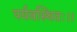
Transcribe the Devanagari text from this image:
पर्यवस्थितः।।